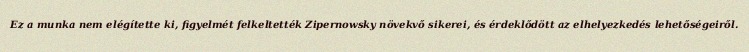
Ez a munka nem elégítette ki, figyelmét felkeltették Zipernowsky növekvő sikerei, és érdeklődött az elhelyezkedés lehetőségeiről.